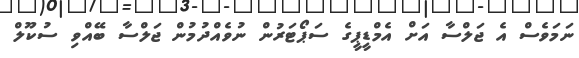
ނަމަވެސް އެ ޖަލްސާ އަށް އެމްޑީޕީގެ ސަޕޯޓަރުން ނުވެއްދުމުން ޖަލްސާ ބޭއްވި ސުކޫލް